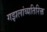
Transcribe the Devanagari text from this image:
गझलांव्यतिरिक्त